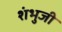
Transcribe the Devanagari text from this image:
शंभुजी